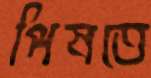
পিষতে